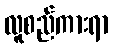
လူစည်ကားရာ